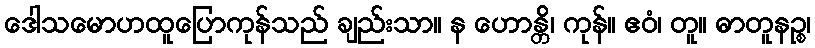
ဒေါသမောဟထူပြောကုန်သည် ချည်းသာ။ န ဟောန္တိ၊ ကုန်။ ဧဝံ၊ တူ။ ဓာတူနဉ္စ၊